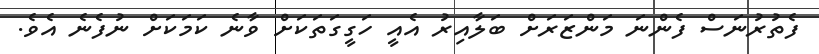
ފެތުރުނަސް ފެންނަ މަންޒަރަށް ބަލާއިރު އެއީ ހަގީގަތަކަށް ވާނެ ކަމަކަށް ނުފެނެ އެވެ.